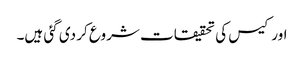
اور کیس کی تحقیقات شروع کر دی گئی ہیں۔